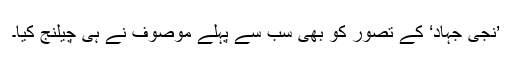
’نجی جہاد‘ کے تصور کو بھی سب سے پہلے موصوف نے ہی چیلنج کیا۔